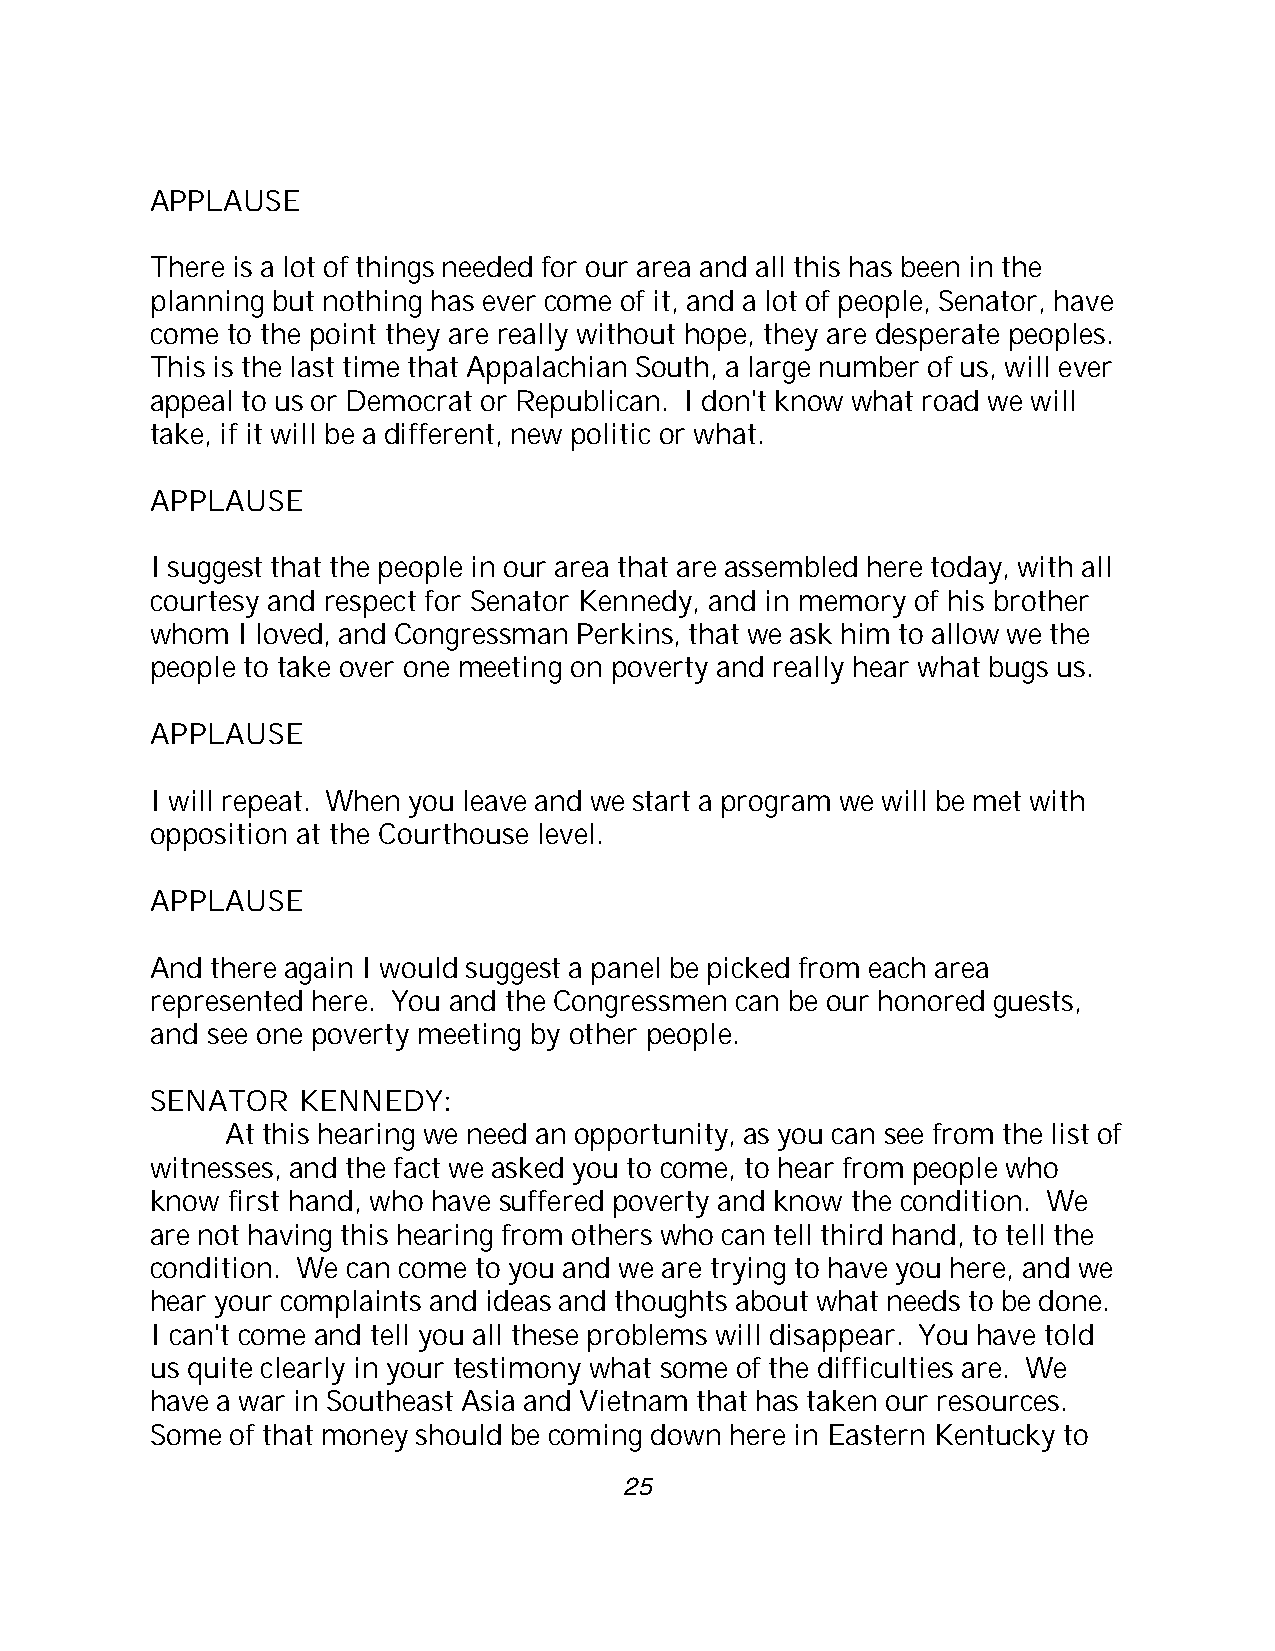
APPLAUSE
 There is a lot of things needed for our area and all this has been in the
 planning but nothing has ever come of it, and a lot of people, Senator, have
 come to the point they are really without hope, they are desperate peoples.
 This is the last time that Appalachian South, a large number of us, will ever
 appeal to us or Democrat or Republican. I don't know what road we will
 take, if it will be a different, new politic or what.
 APPLAUSE
 I suggest that the people in our area that are assembled here today, with all
 courtesy and respect for Senator Kennedy, and in memory of his brother
 whom  I loved, and Congressman Perkins, that we ask him to allow we the
 people to take over one meeting on poverty and really hear what bugs us.
 APPLAUSE
 I will repeat. When you leave and we start a program we will be met with
 opposition at the Courthouse level.
 APPLAUSE
 And there again I would suggest a panel be picked from each area
 represented here. You and the Congressmen can be our honored guests,
 and see one poverty meeting by other people.
 SENATOR   KENNEDY:
 At this hearing we need an opportunity, as you can see from the list of
 witnesses, and the fact we asked you to come, to hear from people who
 know first hand, who have suffered poverty and know the condition. We
 are not having this hearing from others who can tell third hand, to tell the
 condition. We can come to you and we are trying to have you here, and we
 hear your complaints and ideas and thoughts about what needs to be done.
 I can't come and tell you all these problems will disappear. You have told
 us quite clearly in your testimony what some of the difficulties are. We
 have a war in Southeast Asia and Vietnam that has taken our resources.
 Some of that money should be coming down here in Eastern Kentucky to
 25